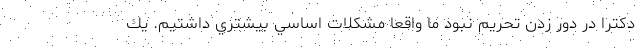
دكترا در دور زدن تحريم نبود ما واقعا مشكلات اساسي بيشتري داشتيم. يك